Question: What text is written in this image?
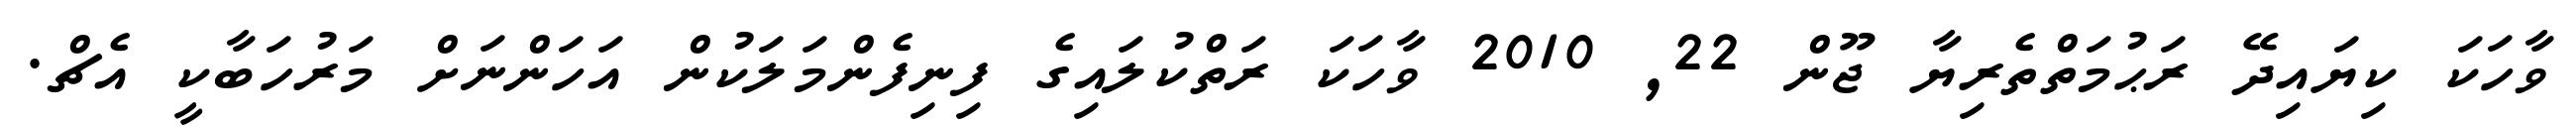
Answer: ވާހަކަ ކިޔައިދޭ ރަޙުމަތްތެރިޔާ ޖޫން 22, 2010 ވާހަކަ ރަތްކުލައިގެ ފިނިފެންމަލަކުން އަހަންނަށް މަރުހަބާކީ އެޗް.